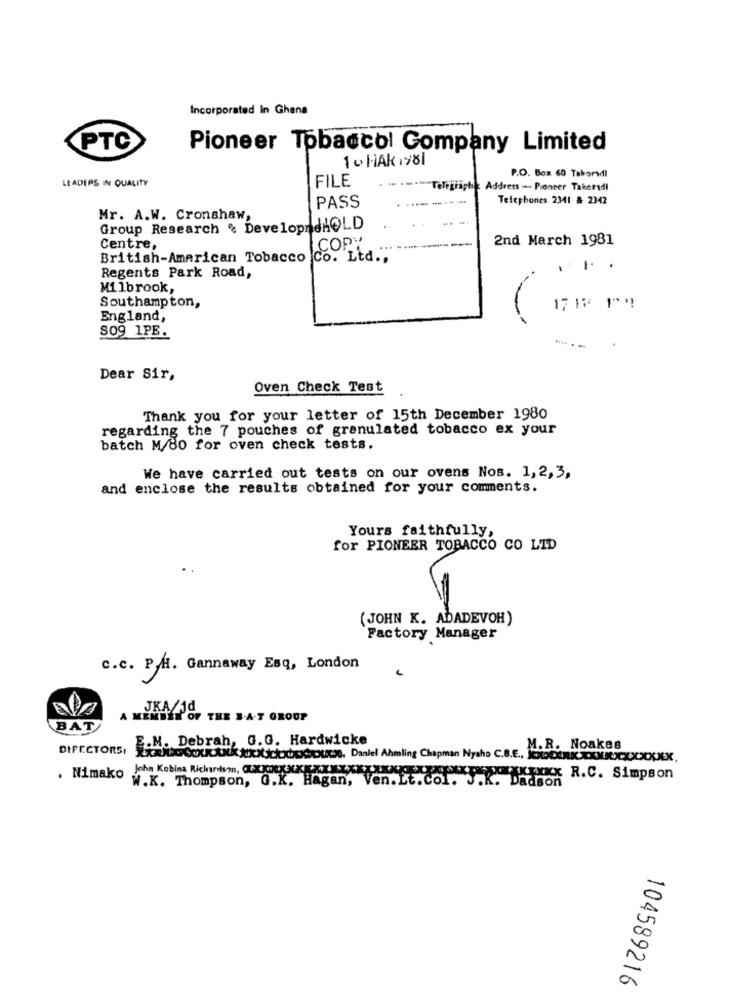
Incorporated In Ghana
PTC
Pioneer Tobaccol Company Limited
1 0 HAK 1981
LEADERS IN QUALITY
FILE
P.O. Box 60 Takorvill
Address -- Pioneer Takeridi
------
Telephones 2341 & 2342
PASS
Mr. A.W. Cronshaw,
Group Research . DevelopndHOLD
LCOPY
2nd March 1981
Centre,
....
British-American Tobacco
Co. Ltd."
....
Regents Park Road,
Milbrook,
Southampton,
17 1 P!
England,
S09 1PE.
Dear Sir,
Oven Check Test
Thank you for your letter of 15th December 1980
regarding the 7 pouches of granulated tobacco ex your
batch M/80 for oven check tests.
We have carried out tests on our ovens Nos. 1,2, 3,
and enclose the results obtained for your comments.
Yours faithfully,
for PIONEER TOBACCO CO LID
(JOHN K. ADADEVOH)
Factory Manager
c.c. P.M. Gannaway Esq, London
JKA /Jd
A MEMBER OF THE B.A.T GROUP
BAT
E.M. Debrah, G.G. Hardwicke
M.R. Noakes
DIPECTORSI XXANDCULKANKAXXJLOGO, Daniel Ahmling Chapman Nyaho C.B.E ., JoPERK.XXIIJRCCXXXX,
. Nimako
John Kobina Richnom, CXXXXXXXXXXXXXXXXXxxxxxxxx R.C. Simpson
W.K. Thompson, G.K. Hagan, Ven. Lt.Col. J.K. Dadson
104589216